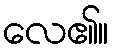
လေ၏။